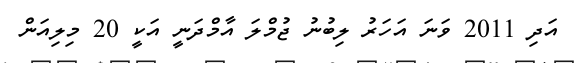
އަދި 2011 ވަނަ އަހަރު ލިބުނު ޖުމްލަ އާމްދަނީ އަކީ 20 މިލިއަން